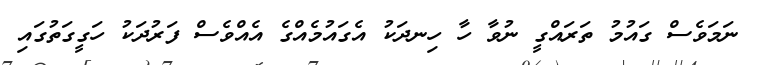
ނަމަވެސް ގައުމު ތަރައްގީ ނުވާ ހާ ހިނދަކު އެގައުމެއްގެ އެއްވެސް ފަރުދަކު ހަގީގަތުގައި